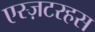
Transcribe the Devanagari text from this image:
एस्ज़टरहस